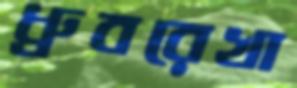
ধ্রুবরেখা